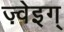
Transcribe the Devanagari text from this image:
ज़्वेइग्